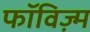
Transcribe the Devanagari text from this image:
फॉविज़्म